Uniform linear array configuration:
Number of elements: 64
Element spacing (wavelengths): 0.5
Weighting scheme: uniform
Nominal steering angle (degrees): -60
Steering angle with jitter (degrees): -58.841
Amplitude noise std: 0.05
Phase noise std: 0.05

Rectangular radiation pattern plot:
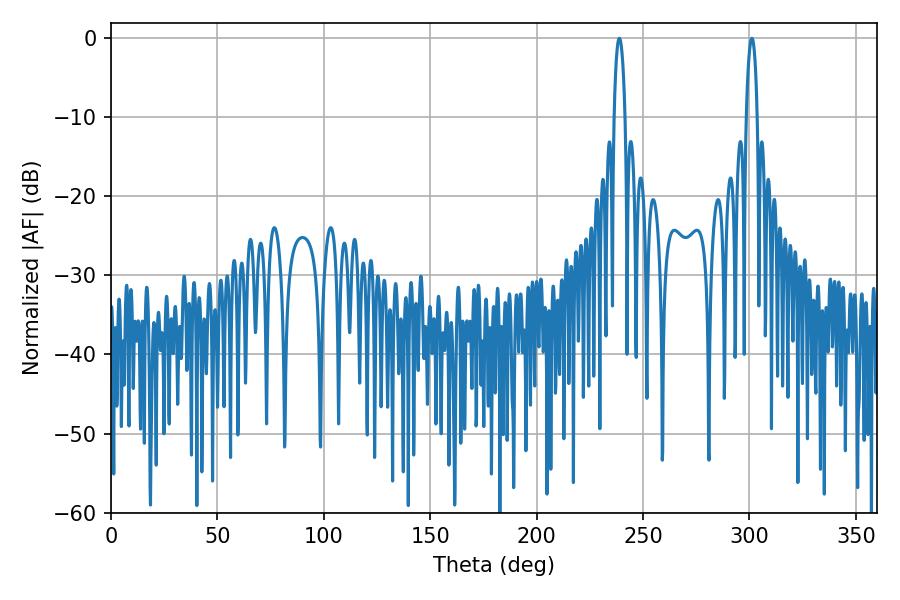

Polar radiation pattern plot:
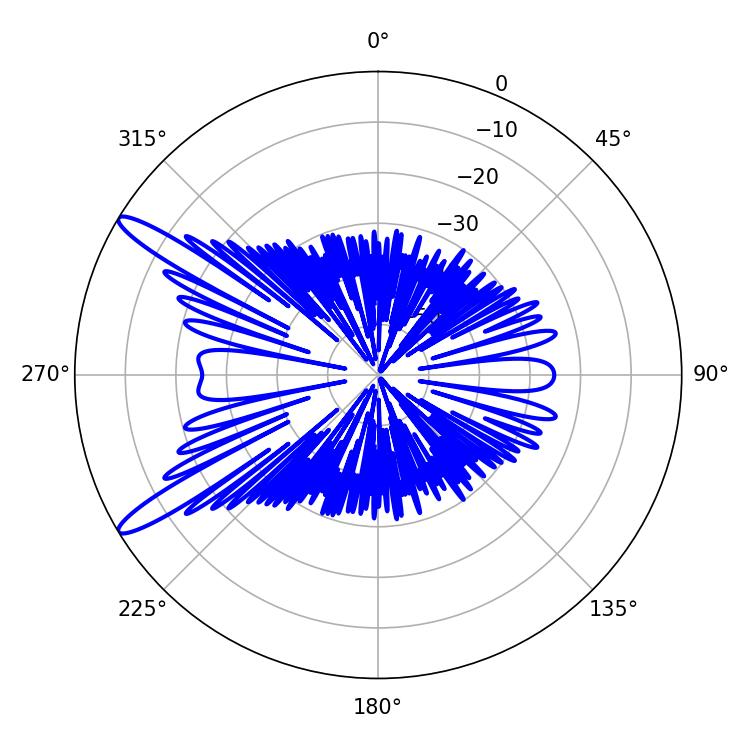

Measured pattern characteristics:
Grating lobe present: FALSE
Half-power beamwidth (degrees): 2.88
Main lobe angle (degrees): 238.86